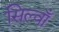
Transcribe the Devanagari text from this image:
सिल्वाँ